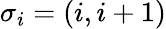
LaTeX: \sigma_{i}=(i,i+1)